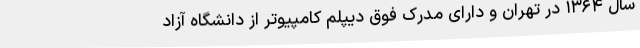
سال ۱۳۶۴ در تهران و دارای مدرک فوق دیپلم کامپیوتر از دانشگاه آزاد